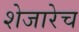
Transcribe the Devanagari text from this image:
शेजारेच